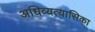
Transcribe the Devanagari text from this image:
अधिव्यत्यासिका